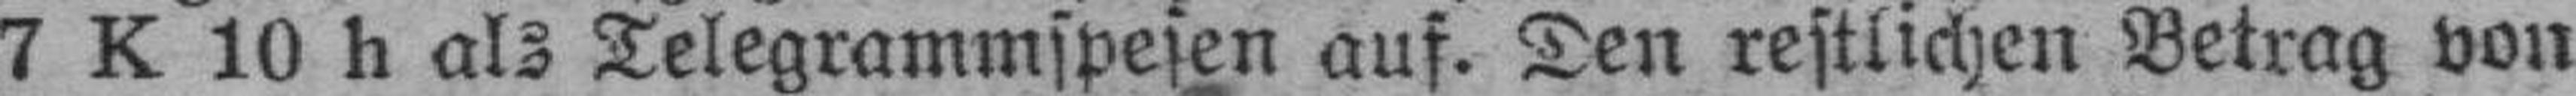
7 K 10 h als Telegrammspesen auf. Den restlichen Betrag von